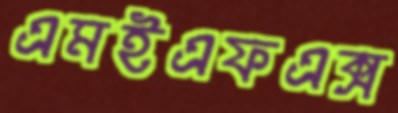
এমইএফএক্স